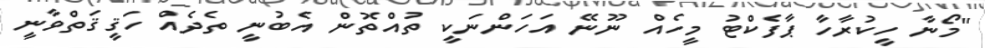
"މޯނާ ހީކުރާހާ ޕާފެކްޓު މީހެއް ނޫނޭ އަހަންނަކީ ތުއްތޮން އެބުނީ ތެދެއް ހަޤީޤަތްވާނީ